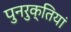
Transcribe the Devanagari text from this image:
पुनरुक्तियां